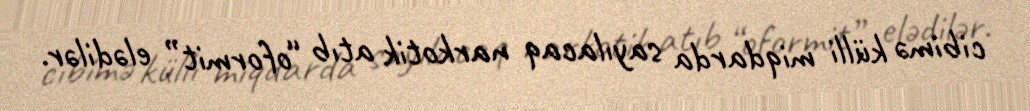
cibimə külli miqdarda sayılacaq narkotik atıb “oformit” elədilər.